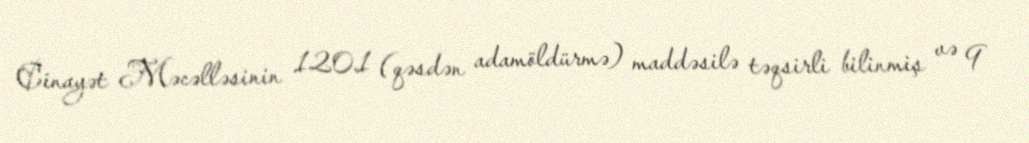
Cinayət Məcəlləsinin 120.1 (qəsdən adamöldürmə) maddəsilə təqsirli bilinmiş və 9